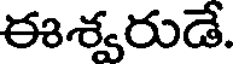
ఈశ్వరుడే.